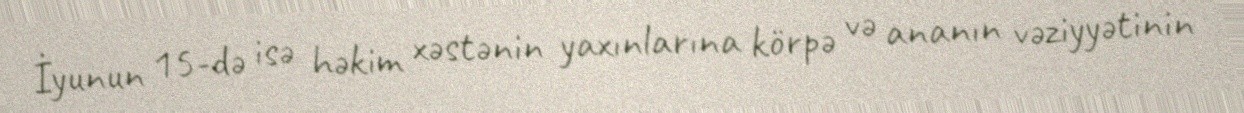
İyunun 15-də isə həkim xəstənin yaxınlarına körpə və ananın vəziyyətinin